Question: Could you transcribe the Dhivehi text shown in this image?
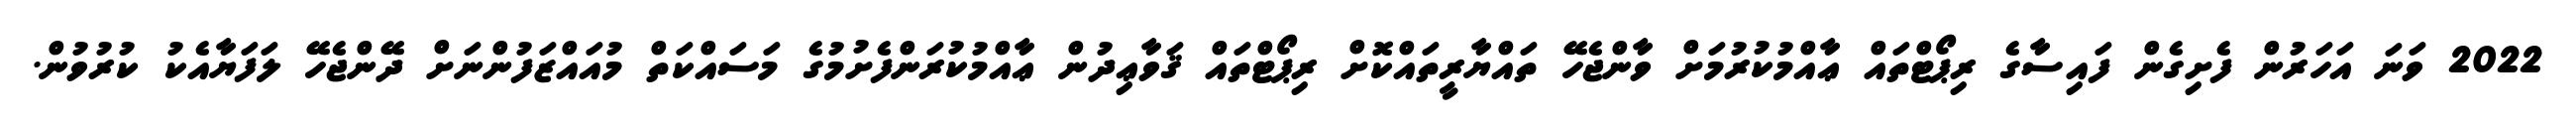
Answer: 2022 ވަނަ އަހަރުން ފެށިގެން ފައިސާގެ ރިޕޯޓްތައް ޢާއްމުކުރުމަށް ވާންޖެހޭ ތައްޔާރީތައްކޮށް ރިޕޯޓްތައް ޤަވާޢިދުން ޢާއްމުކުރަންފެށުމުގެ މަސައްކަތް މުއައްޒަފުންނަށް ދޭންޖެހޭ ލަފަޔާއެކު ކުރުވުން.